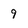
Character: 9